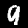
Label: 9